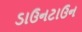
ડાઉનટાઉન